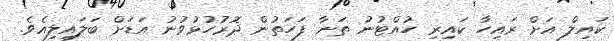
ކައިލް އަށް ރައިހާ ކައިރި ހުއްޓުނު ތަނާ ފަހަތުން ދޮރުހުޅުވުނު އަޑަށް ބަލައިލިއެވެ.